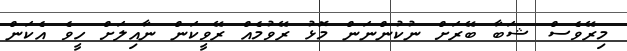
މިރޭވެސް ޝަބާ ބޭރަށް ނުކުންނަން މޮޅު ރޭވުމެއް ރޭވީކަން ނާއިލަށް ހީވެ އެކަން